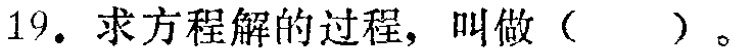
19. 求方程解的过程，叫做（  ）。